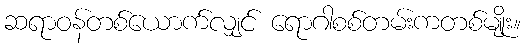
ဆရာဝန်တစ်ယောက်လျှင် ရောဂါစစ်တမ်းကတစ်မျိုး။